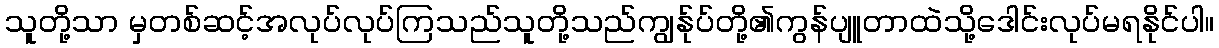
သူတို့သာ မှတစ်ဆင့်အလုပ်လုပ်ကြသည်သူတို့သည်ကျွန်ုပ်တို့၏ကွန်ပျူတာထဲသို့ဒေါင်းလုပ်မရနိုင်ပါ။